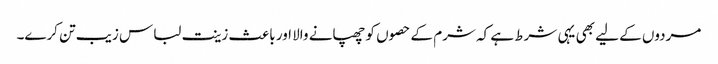
مردوں کے لیے بھی یہی شرط ہے کہ شرم کے حصوں کو چھپانے والا اور باعث زینت لباس زیب تن کرے۔